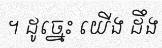
។ ដូច្នេះ យើង ដឹង